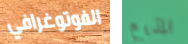
الفوتوغرافي المذيع